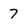
Character: 7